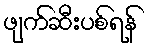
ဖျက်ဆီးပစ်ရန်